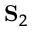
\mathbf { S } _ { 2 }